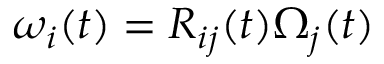
\omega _ { i } ( t ) = R _ { i j } ( t ) \Omega _ { j } ( t )